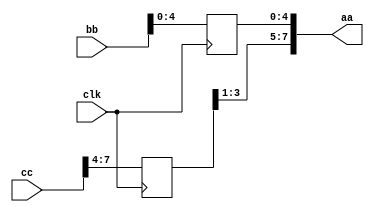
/**
    13,17
*/

module dut (input wire [0:7] bb,
    input wire [0:7] cc,
    input clk, 
    output reg [0:7] aa); 
    reg [4:0] i;

    always @(posedge clk) begin           
        for (i=0; i<4; i=i+1)
            aa[i] <= cc[i];                    
    end
    always @(posedge clk) begin 
        for (i=3; i<8; i=i+1)                
            aa[i] <= bb[i];         
    end

endmodule